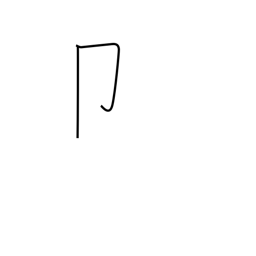
Meaning: seal radical (no. 26)